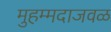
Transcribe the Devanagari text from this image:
मुहम्मदाजवळ